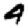
Digit: 4